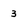
Character: 3